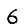
Digit: 6